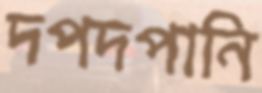
দপদপানি